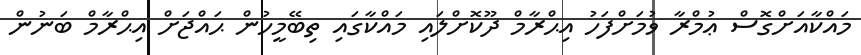
މައްކާއަށްގޮސް ޢުމްރާ ވުމަށްފަހު އިޙްރާމް ދޫކޮށްލައި މައްކާގައި ތިބޭމީހުން ޙައްޖަށް އިޙްރާމް ބަނުން